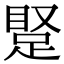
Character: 𬑝